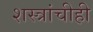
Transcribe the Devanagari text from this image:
शस्त्रांचीही